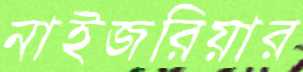
নাইজরিয়ার